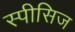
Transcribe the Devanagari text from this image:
स्पीसिज